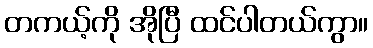
တကယ့်ကို အိုပြီ ထင်ပါတယ်ကွာ။